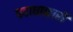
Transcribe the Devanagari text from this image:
पदाधाकारी